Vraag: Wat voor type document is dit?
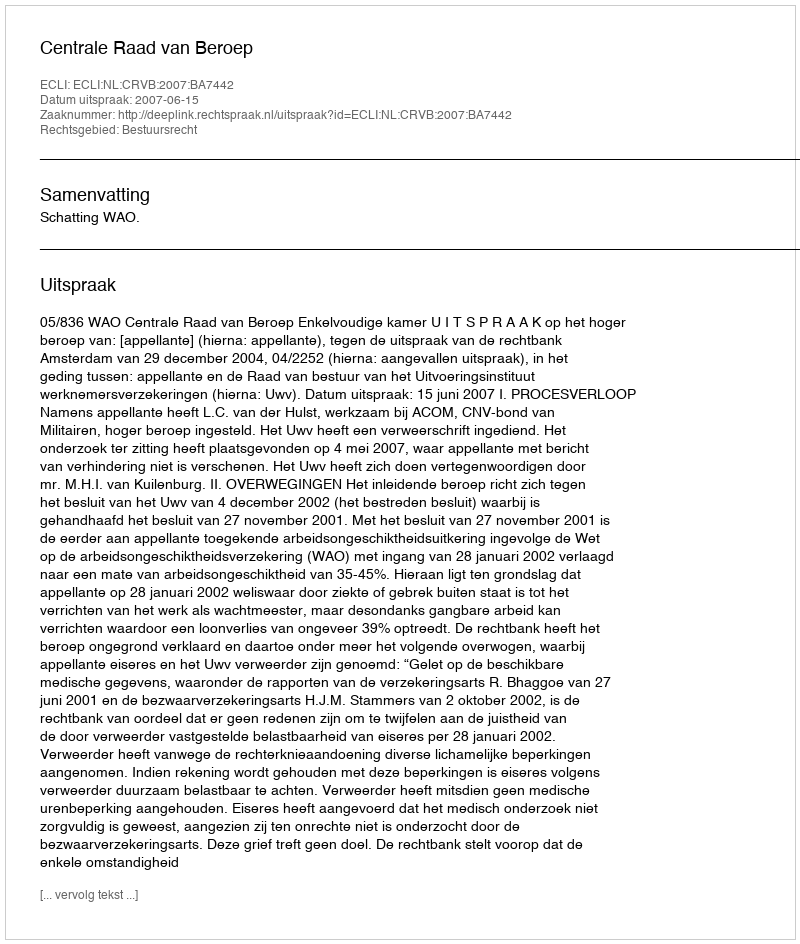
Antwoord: Uitspraak